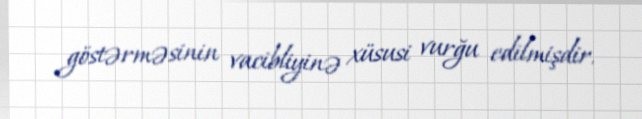
göstərməsinin vacibliyinə xüsusi vurğu edilmişdir.